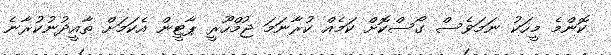
ކޮންމެ މީހަކު ނަމަވެސް ގޯސްކޮށް ކަމެއް ކުރާނަމަ ޖުމްހޫރީ ޕާޓީން އެކަމަށް ތާއީދުނުކުރާނެ